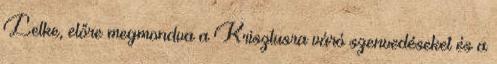
Lelke, előre megmondva a Krisztusra váró szenvedéseket és a